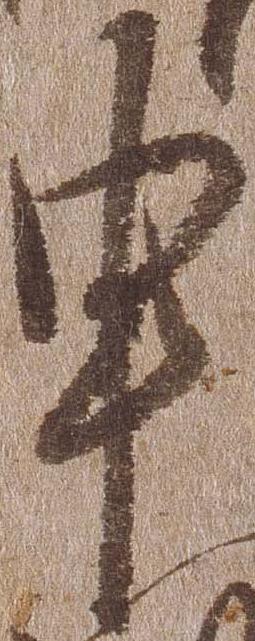
申